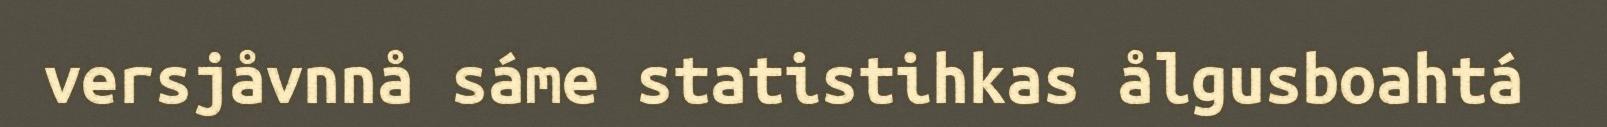
versjåvnnå sáme statistihkas ålgusboahtá